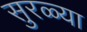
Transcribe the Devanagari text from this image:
सुरळ्या